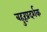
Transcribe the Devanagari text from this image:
बहुरूप्रदर्शक